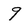
Character: 9